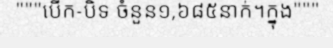
"""បើក-បិទ ចំនួន១,៦៨៥នាក់។ក្នុង"""